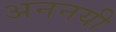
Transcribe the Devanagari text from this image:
अननयी